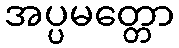
အပ္ပမတ္တော